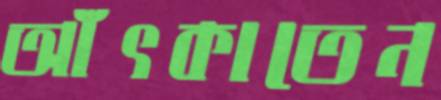
আঁৎকাতেন